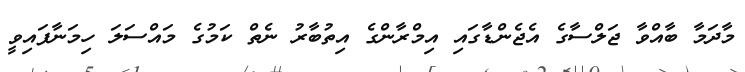
މާދަމާ ބާއްވާ ޖަލްސާގެ އެޖެންޑާގައި އިމްރާންގެ އިތުބާރު ނެތް ކަމުގެ މައްސަލަ ހިމަނާފައިވީ